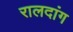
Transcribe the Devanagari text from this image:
रालदांग